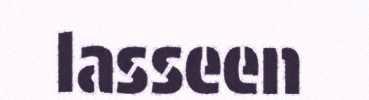
lasseen